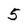
Character: 5